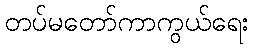
တပ်မတော်ကာကွယ်ရေး